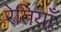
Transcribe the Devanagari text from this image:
रेतियाँ